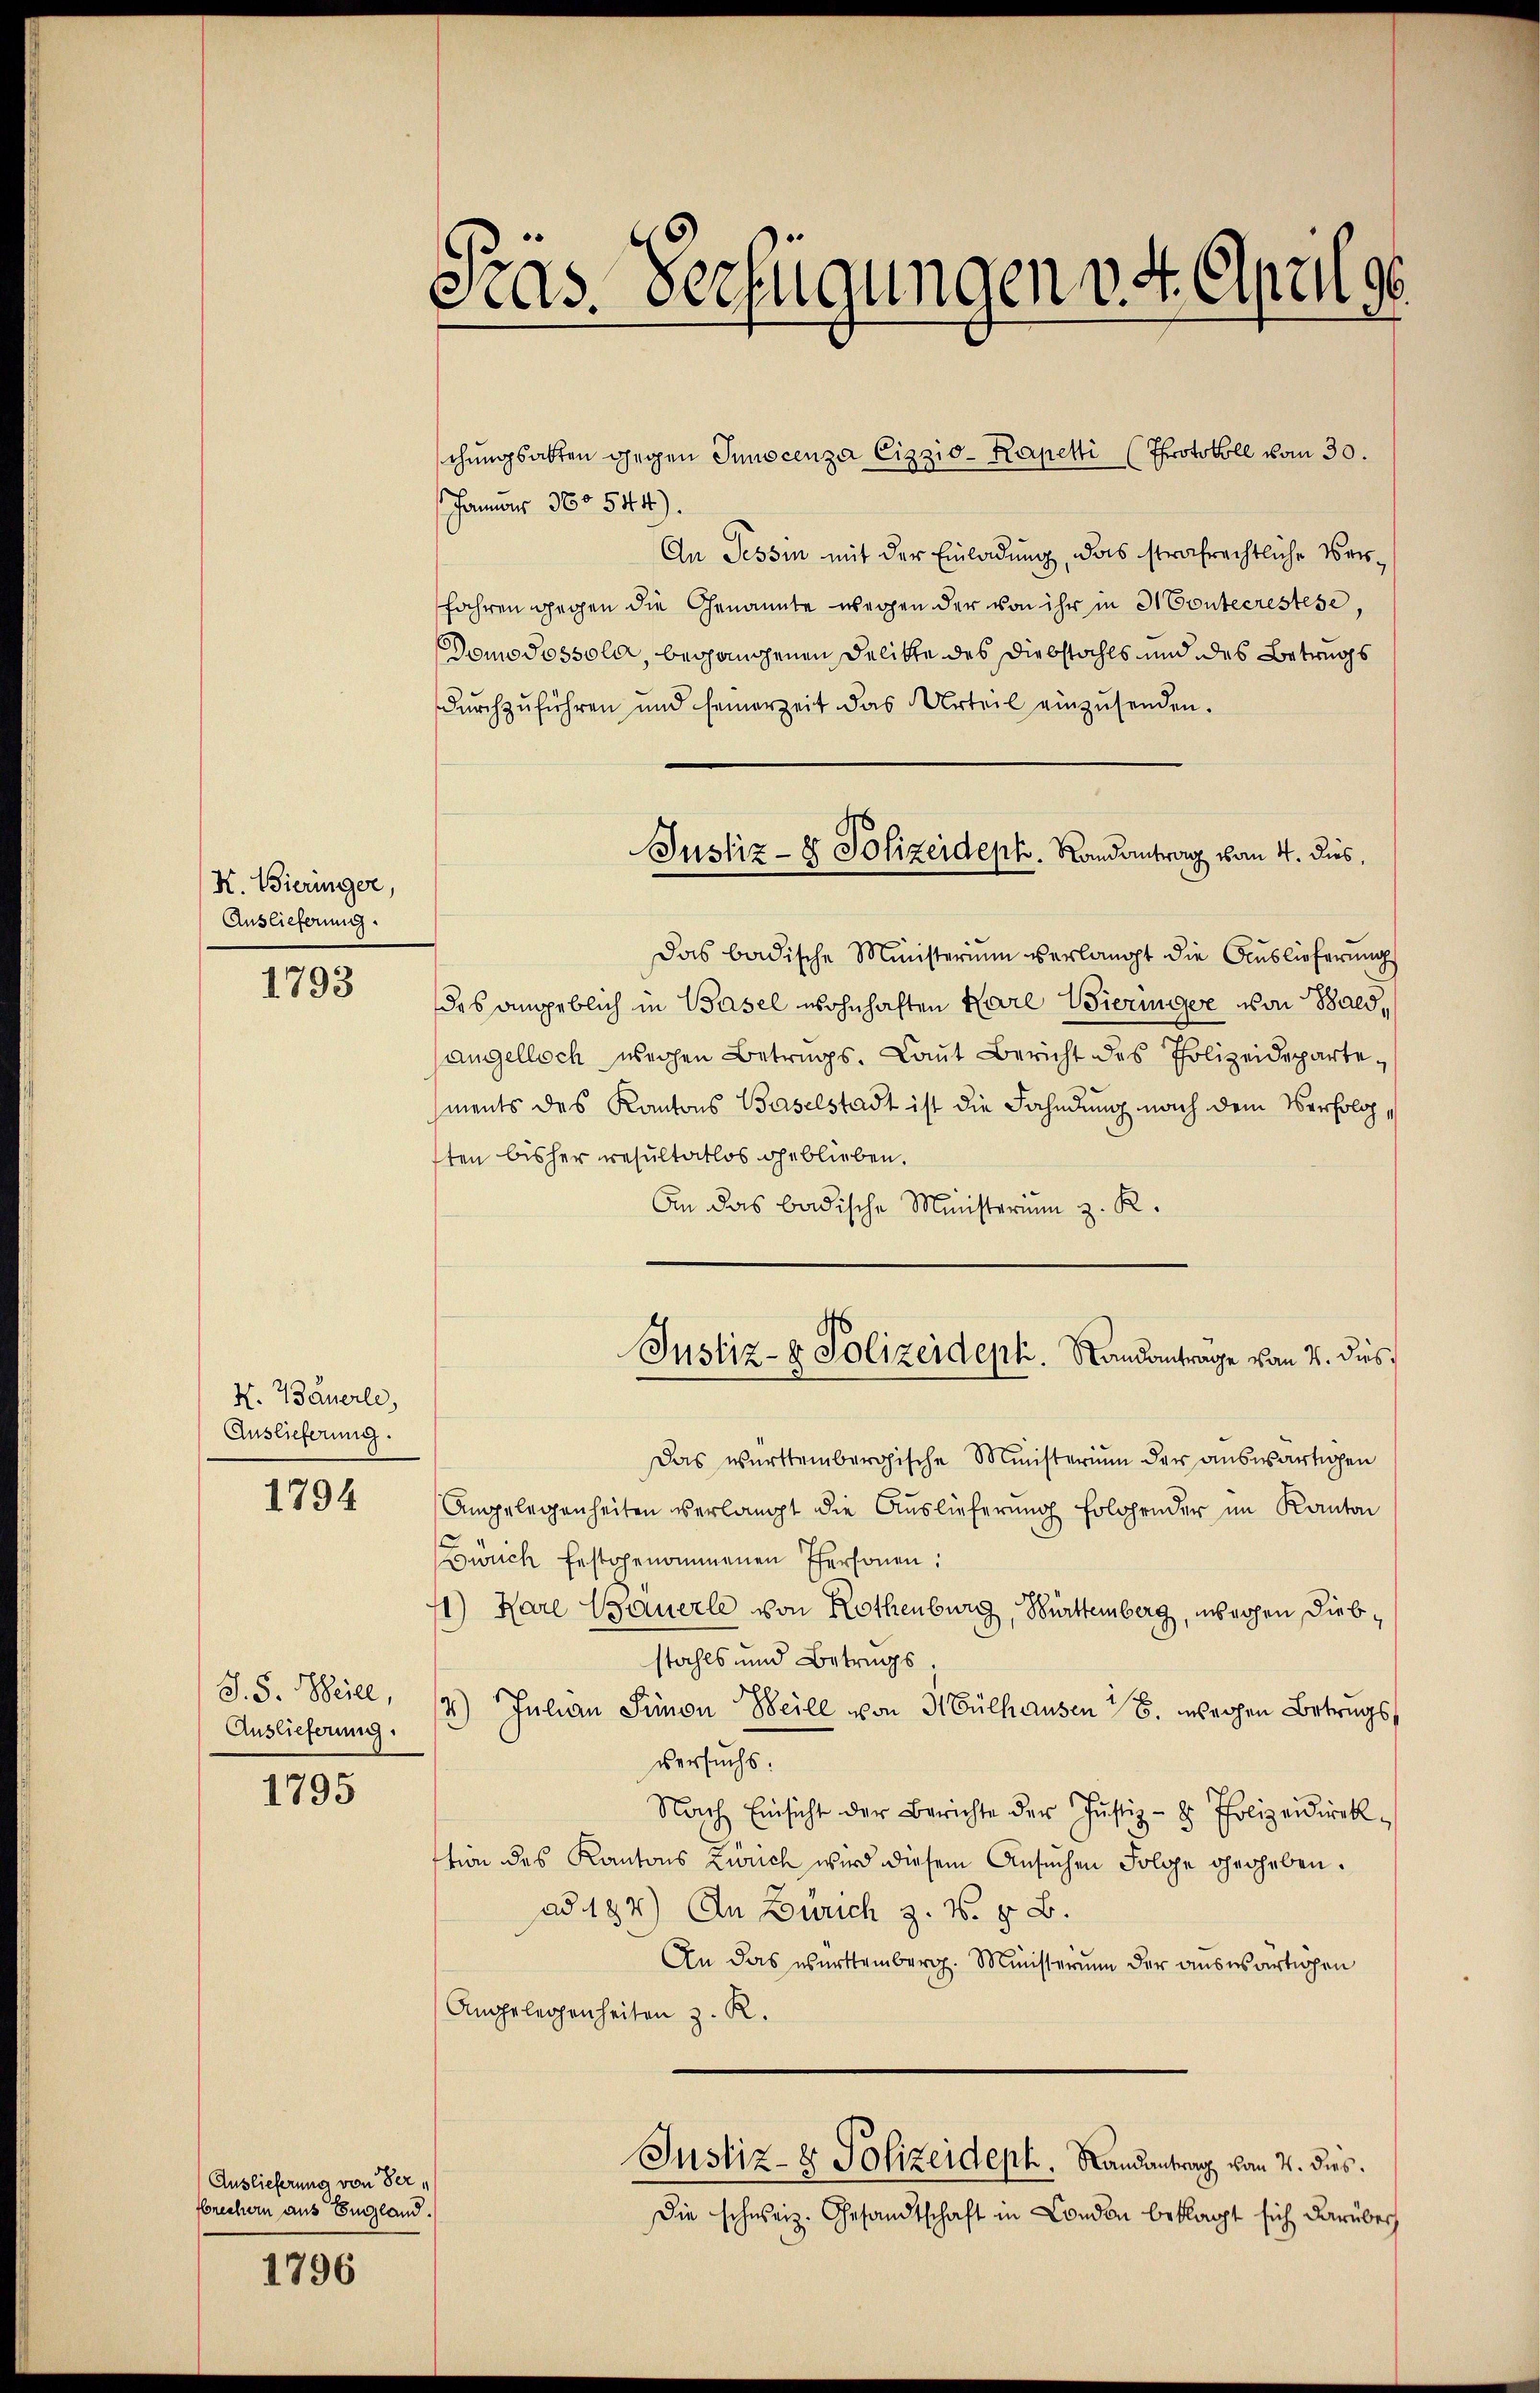
K. Bieringer,
Auslieferung.

1793

N. 7auerle,
Auslieferung.

1794

S. S. Weill,
Auslieferung.

1795

1796

Auslieferung von der
fbrechern aus England.

Tras. Verfügungen v. 4. April g

schungsakten gegen Junocenza Cizzio-Kapetti (Protokoll vom 30.
Januar 360 544).
An Tessin mit der Einladung, das strafrechtliche Verfahren gegen die Genannte wegen der von ihr in H Contecrestése,
Domo Sossole, begangenen Delikte des Diebstahls und des Betrugs
dŭrchzŭführen und seinerzeit das Urteil einzŭsenden.
Das badische Ministerium verlangt die Auslieferung
des angeblich in Basel wohnhaften Karl Wieringer von Bald,
angelloch wegen Betrags- Laut Bericht des Polizeidepartements des Kantons Baselstadt ist die Fahndung nach dem Verfolg,
sten bisher resultatlos geblieben.
An das badische Ministerium z. R.
Justiz- & Polizeideph. Standanträge von 4. dies
Das württembergische Ministerium der auswärtigen
Angelegenheiten verlangt die Auslieferung folgender im Kanton
ürich festgenommenen Personen:
1) Hare Bauerle von Rothenburg, Württemberg, wegen Diebstahls und Betrags
4) Julian Simon Beile von Mülhausen 18. wegen Betrugsversuchs.
Nach Einsicht der Berichte der Justiz- & Polizeidirek
tion des Kantons Zürich wird diesem Ansuchen Folge gegeben.
ad 184) An Zürich z. B. z. B.
An das württemberg. Ministerum der auswärtigen
Angelegenheiten z. R.
Justiz- & Polizeideph. Landantrag vom 4. dies
Die schweiz. Gesandtschaft in Condon beklagt sich darübers

Justiz- & Polizeideph. Landantrag vom 4. dies,